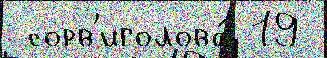
 сорв'иголова́ 19